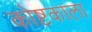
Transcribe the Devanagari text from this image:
कोष्टकाला